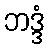
ဘဒ္ဒံ